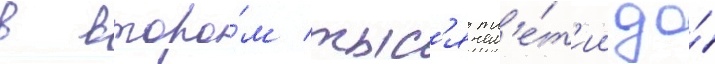
в второ́м тыс'ячел'е́т'ии до́